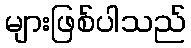
များဖြစ်ပါသည်